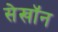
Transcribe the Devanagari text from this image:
सेखॉन